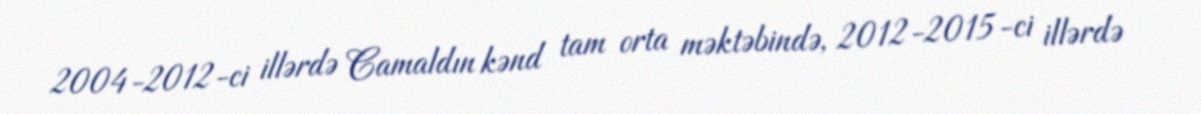
2004-2012-ci illərdə Camaldın kənd tam orta məktəbində, 2012-2015-ci illərdə